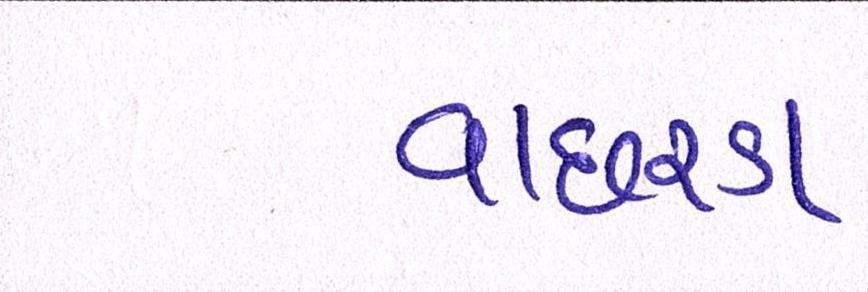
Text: વાછરડા